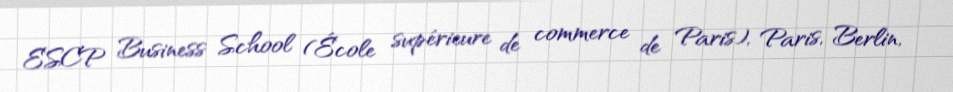
ESCP Business School (École supérieure de commerce de Paris), Paris, Berlin,